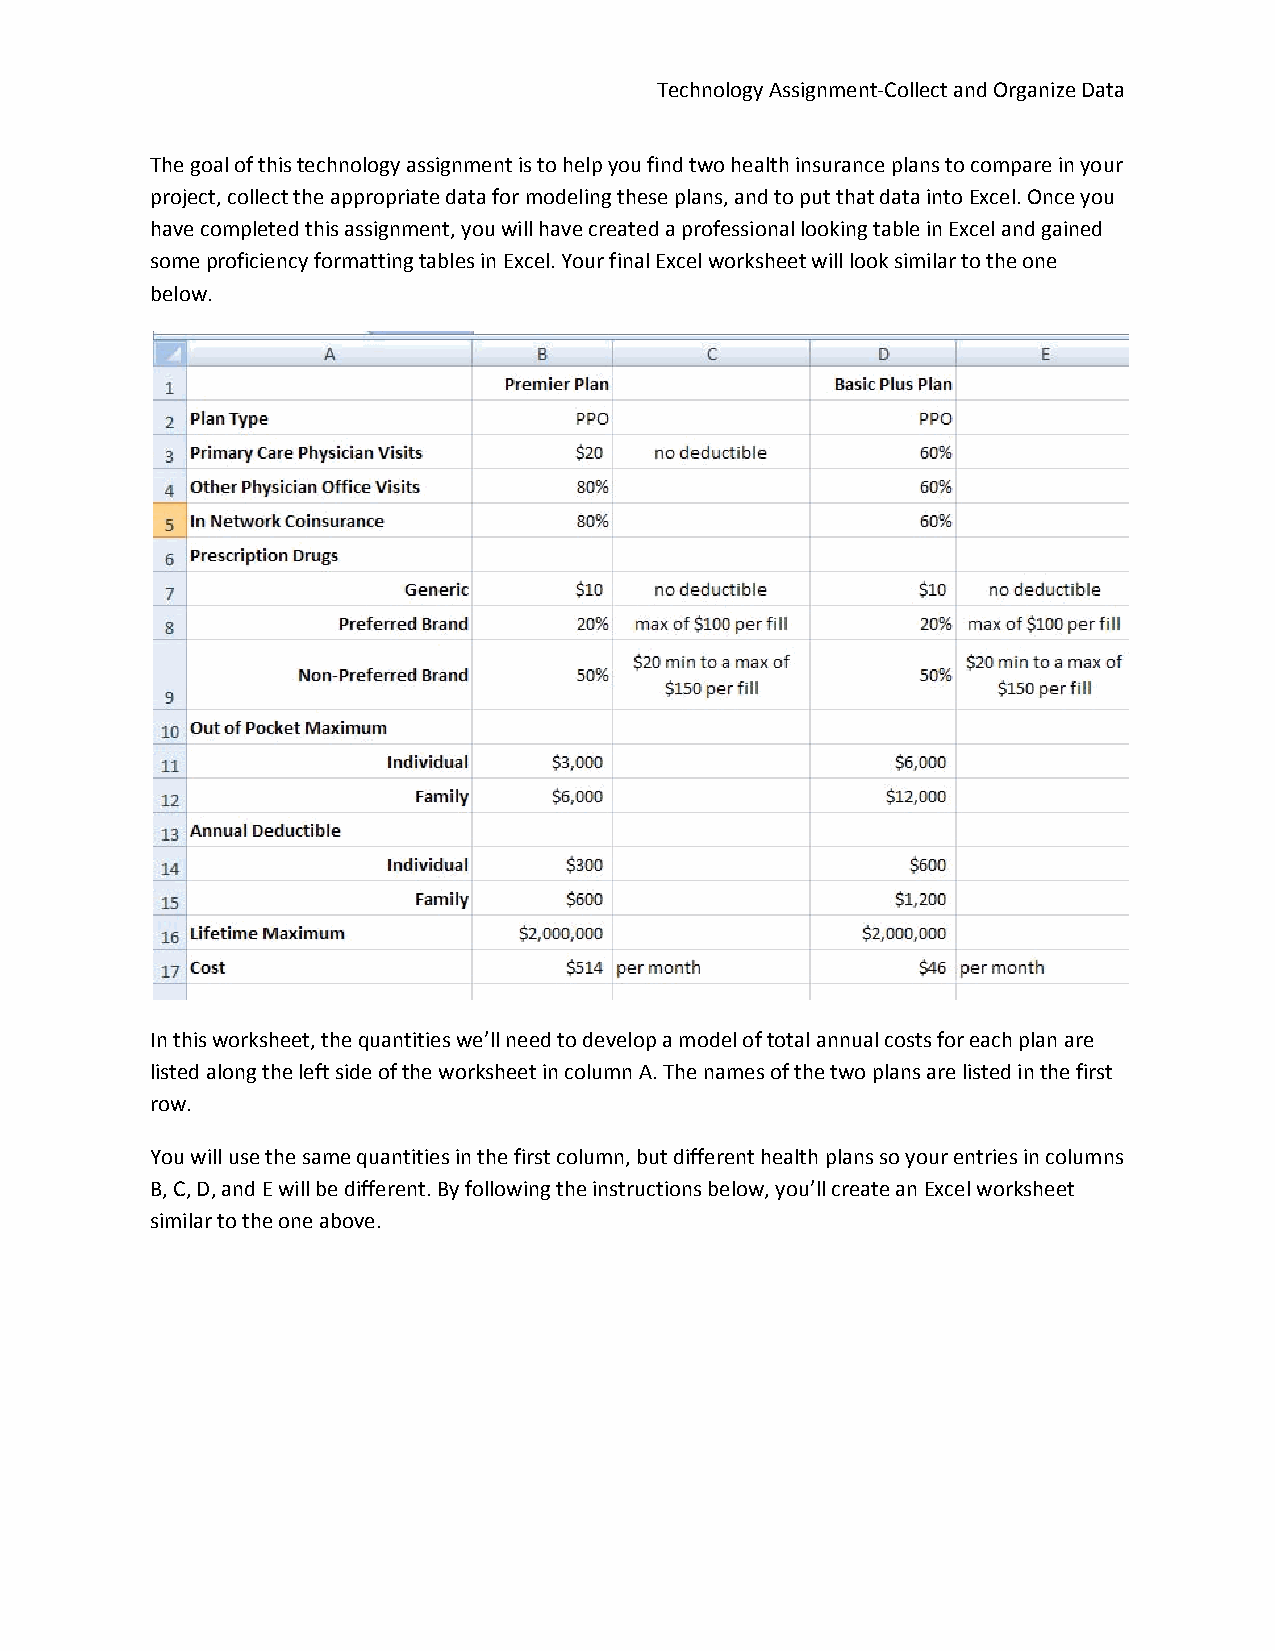
Technology Assignment‐Collect and Organize Data
 The goal of this technology assignment is to help you find two health insurance plans to compare in your
 project, collect the appropriate data for modeling these plans, and to put that data into Excel. Once you
 have completed this assignment, you will have created a professional looking table in Excel and gained
 some proficiency formatting tables in Excel. Your final Excel worksheet will look similar to the one
 below.
 In this worksheet, the quantities we’ll need to develop a model of total annual costs for each plan are
 listed along the left side of the worksheet in column A. The names of the two plans are listed in the first
 row.
 You will use the same quantities in the first column, but different health plans so your entries in columns
 B, C, D, and E will be different. By following the instructions below, you’ll create an Excel worksheet
 similar to the one above.